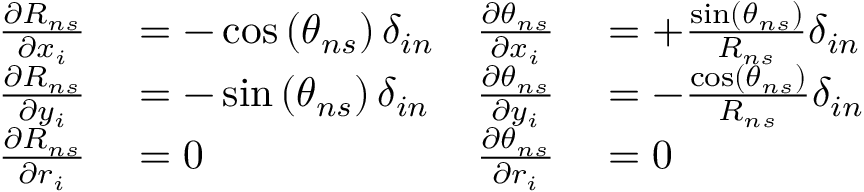
{ \begin{array} { r l r l } { \frac { \partial R _ { n s } } { \partial x _ { i } } } & { { } = - \cos \left( \theta _ { n s } \right) \delta _ { i n } } & { \frac { \partial \theta _ { n s } } { \partial x _ { i } } } & { { } = + \frac { \sin \left( \theta _ { n s } \right) } { R _ { n s } } \delta _ { i n } } \\ { \frac { \partial R _ { n s } } { \partial y _ { i } } } & { { } = - \sin \left( \theta _ { n s } \right) \delta _ { i n } } & { \frac { \partial \theta _ { n s } } { \partial y _ { i } } } & { { } = - \frac { \cos \left( \theta _ { n s } \right) } { R _ { n s } } \delta _ { i n } } \\ { \frac { \partial R _ { n s } } { \partial r _ { i } } } & { { } = 0 } & { \frac { \partial \theta _ { n s } } { \partial r _ { i } } } & { { } = 0 } \end{array} }